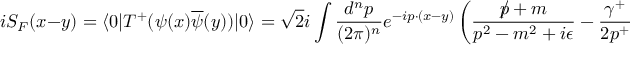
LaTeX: i S _ { F } ( x - y ) = \langle 0 | T ^ { + } ( \psi ( x ) \overline { { { \psi } } } ( y ) ) | 0 \rangle = \sqrt { 2 } i \int \frac { d ^ { n } p } { ( 2 \pi ) ^ { n } } e ^ { - i p \cdot ( x - y ) } \left( \frac { p \! \! \! \slash + m } { p ^ { 2 } - m ^ { 2 } + i \epsilon } - \frac { \gamma ^ { + } } { 2 p ^ { + } } \right)